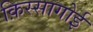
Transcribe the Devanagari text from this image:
क़िस्सागोई